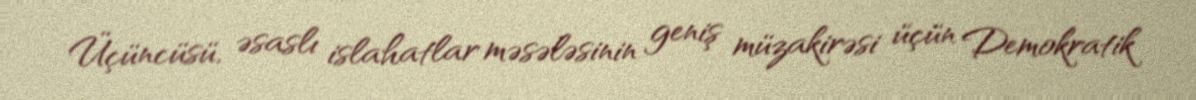
Üçüncüsü, əsaslı islahatlar məsələsinin geniş müzakirəsi üçün Demokratik